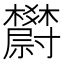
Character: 𣡇